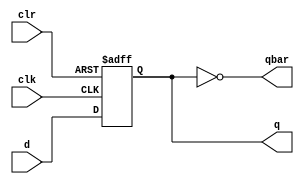
module mydffpos(input d, clk, clr, output qbar, output reg q);
	assign qbar = ~q;
	always@(posedge clk, negedge clr)//async clear
	begin
		if(!clr) q<=0;
		else q<= d;
	end
endmodule